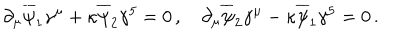
\partial _ { \mu } \overline { { \psi } } _ { 1 } \gamma ^ { \mu } + \kappa \overline { { \psi } } _ { 2 } \gamma ^ { 5 } = 0 \, , \quad \partial _ { \mu } \overline { { \psi } } _ { 2 } \gamma ^ { \mu } - \kappa \overline { { \psi } } _ { 1 } \gamma ^ { 5 } = 0 \, .